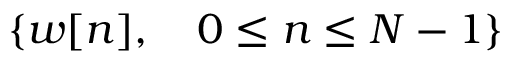
\{ w [ n ] , \quad 0 \leq n \leq N - 1 \}